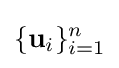
\{\mathbf {u} _{i}\}_{i=1}^{n}